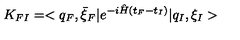
K _ { F I } = < q _ { F } , \bar { \xi } _ { F } \vert e ^ { - i \hat { H } ( t _ { F } - t _ { I } ) } \vert q _ { I } , \xi _ { I } >